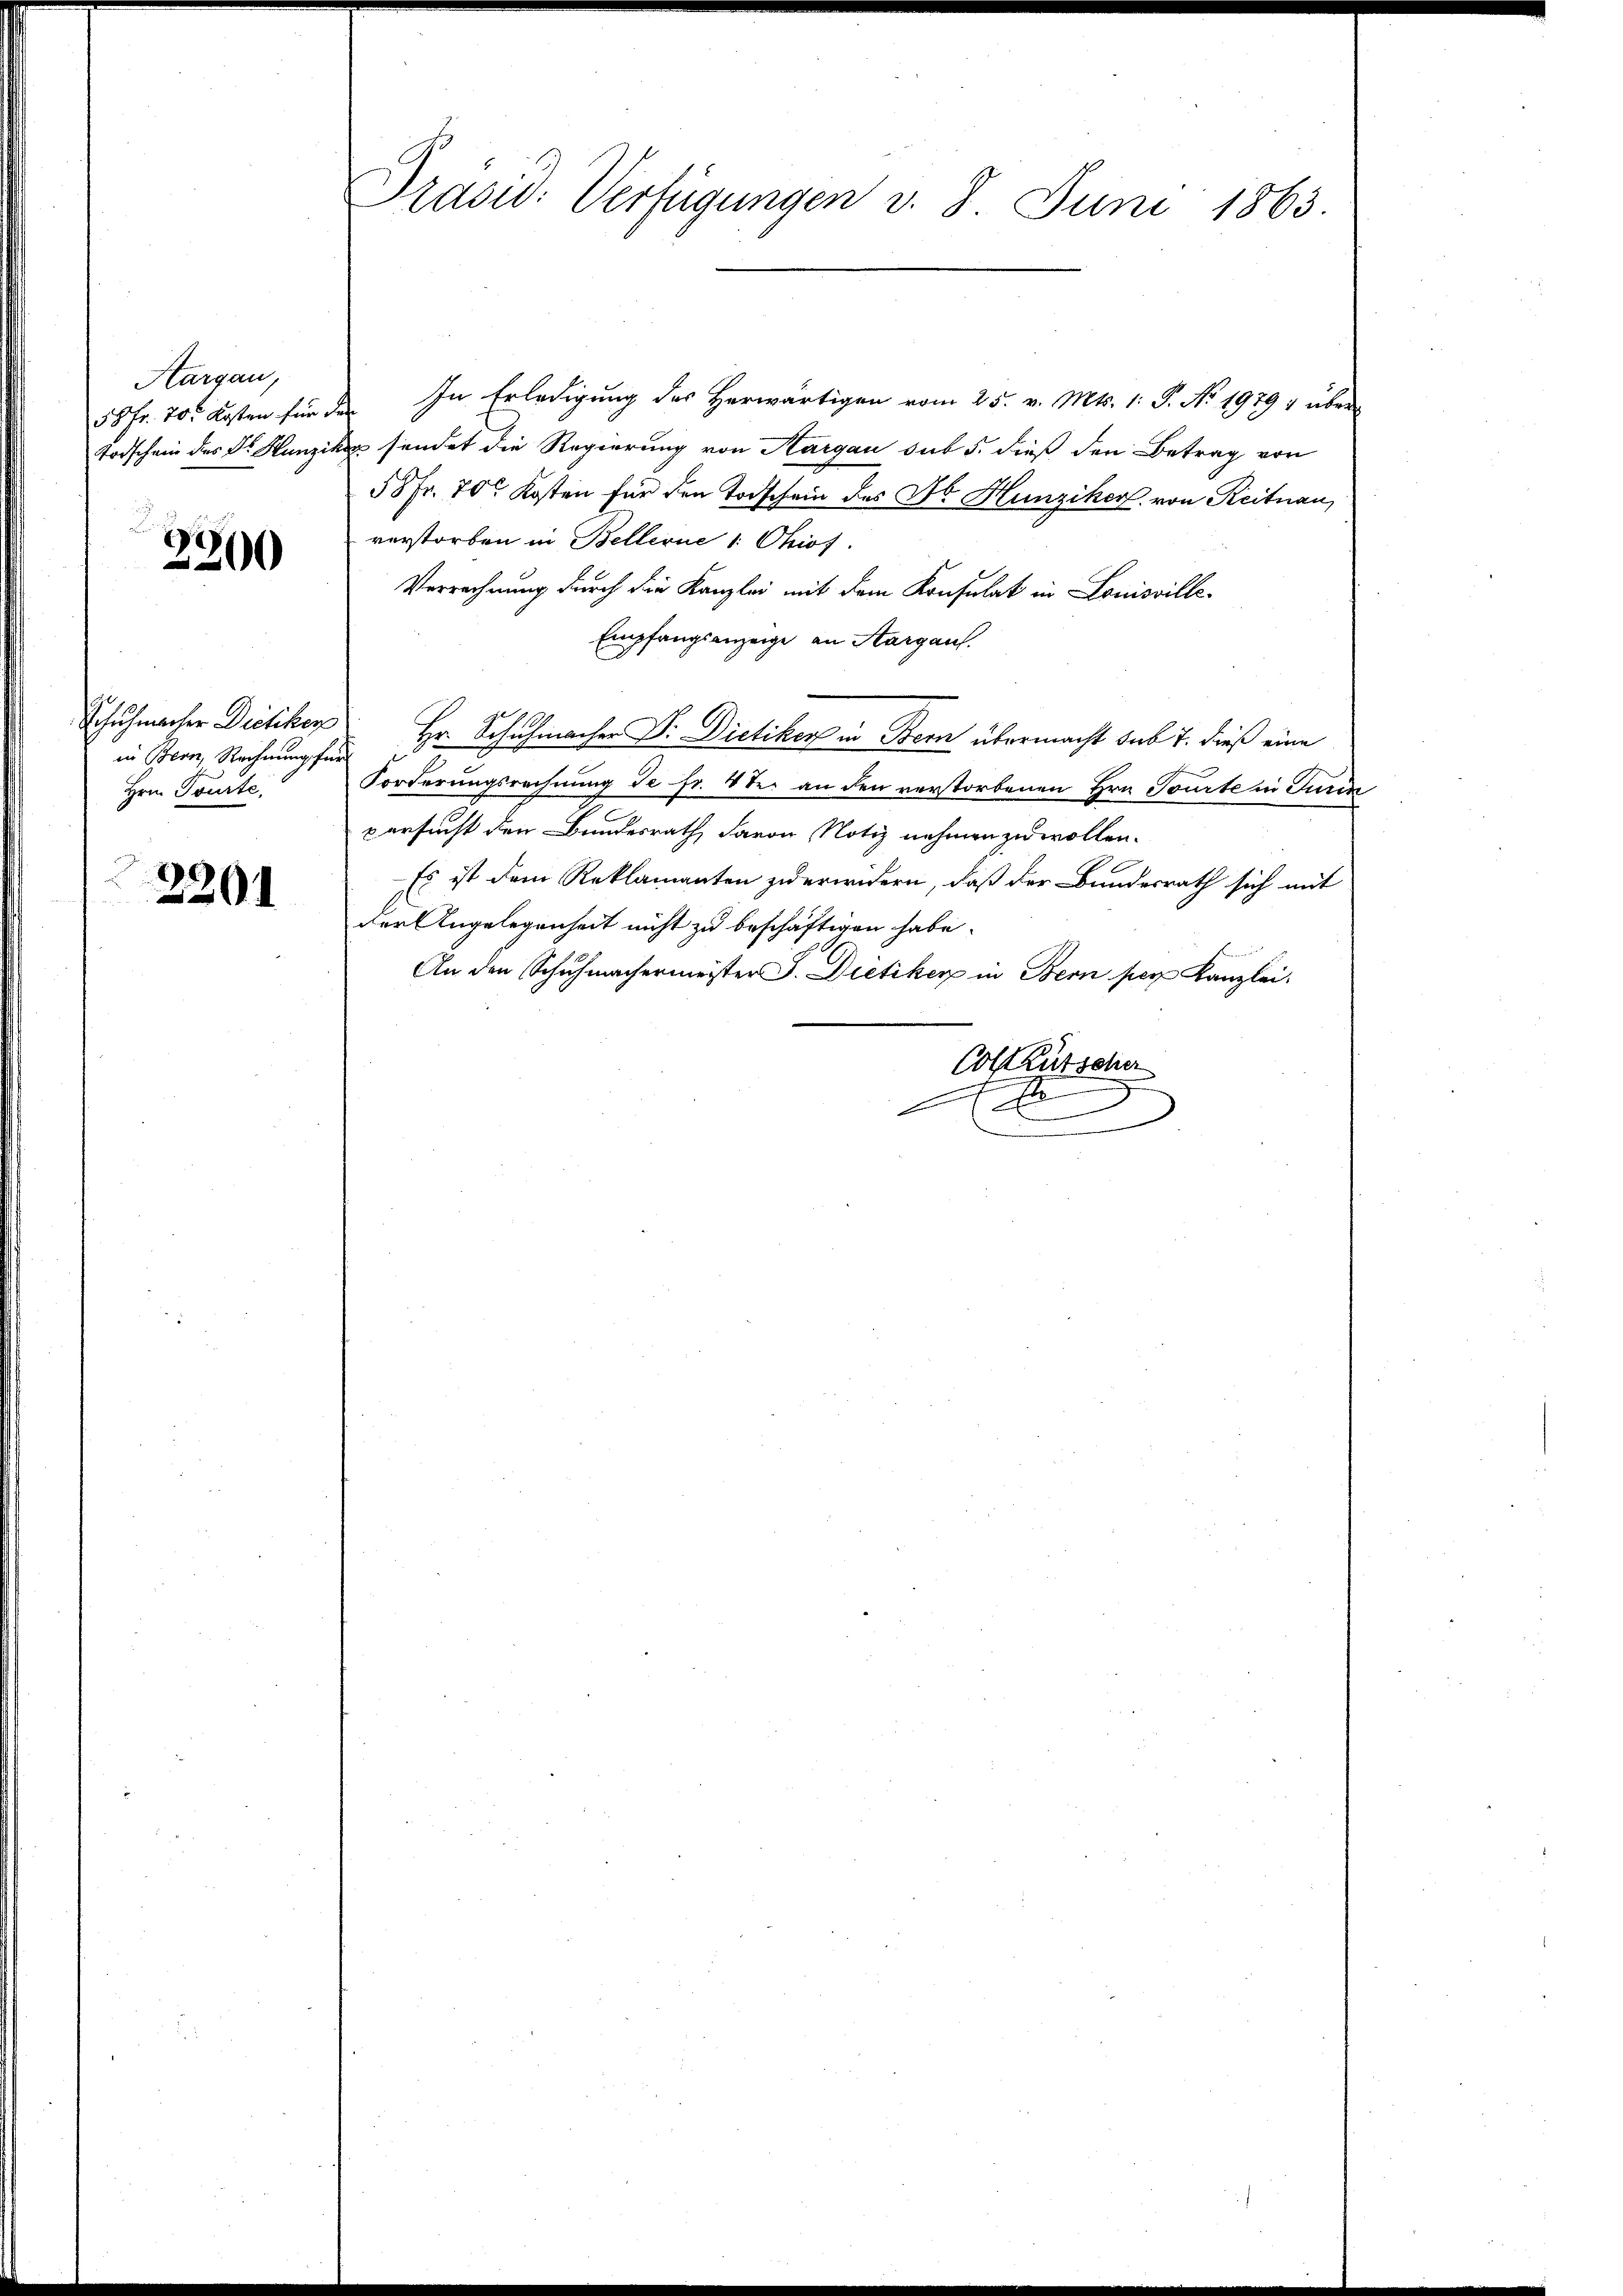
Aargau,

2200

in Stern, Rechnung für
Hrn. Tourte,

2201

Präsid. Verfügungen v. 8. Juni 1863.

55 Fr. 70. Kosten für da. In Erledigung des Herwärtigen vom 25. v. Mts. 1. P. No. 1979 1 über
Todschein des Dr. Hunziker sendet die Regierung von Aargau sub 5. dieß den Betrag von
55 Fr. 70 Kosten für den Todschein des No Hunziker, von Reitnau,
verstorben in Bellerne 1. Chios.
Verrechnung durch die Kanzlei mit dem Konsulat in Louisville¬
Empfangsanzeige an Aargau.
Schuhmacher Dietiker Hr. Schuhmacher D. Dietiker in Bern übermacht sub 7. dieß eine
Forderungsrechnung Je fr. 8ter an den verstorbenen Hrn. Tourte in Turin
versucht den Bundesrath, davon Notiz nehmen zu wollen.
Es ist dem Reklamanten zu erwidern, daß der Bundesrath sich mit
der Angelegenheit nicht zu beschäftigen habe.
An den Schuhmachermeister J. Dietiker in Bern per Kanzlei.
Colt Rutscher
x